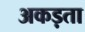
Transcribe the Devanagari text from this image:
अकड़ता